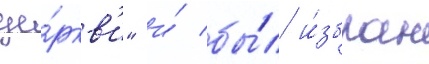
це́ркв'и" и́ бы́л и́збран